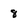
Character: 8